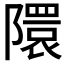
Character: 𮥥